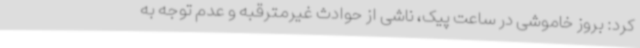
کرد: بروز خاموشی در ساعت پیک، ناشی از حوادث غیرمترقبه و عدم توجه به